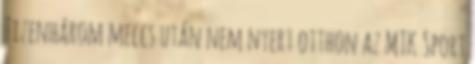
Tizenhárom meccs után nem nyert otthon az MTK Sport